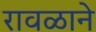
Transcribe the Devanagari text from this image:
रावळाने